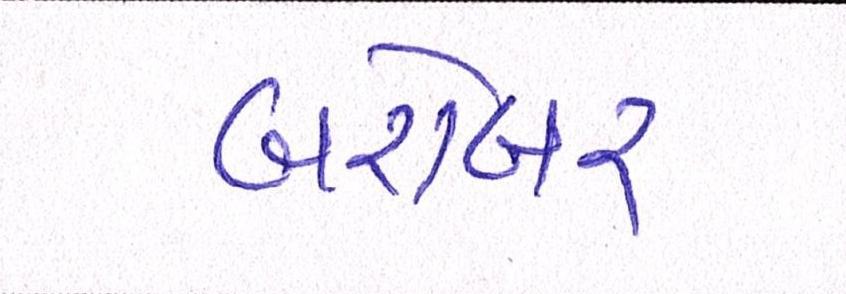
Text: બરોબર